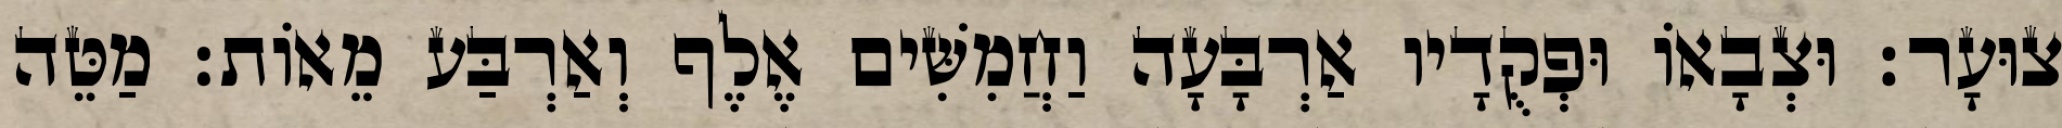
צוּעָר׃ וּצְבָאוֹ וּפְקֻדָיו אַרְבָּעָה וַחֲמִשִּׁים אֶלֶף וְאַרְבַּע מֵאוֹת׃ מַטֵּה